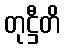
တုဋ္ဌီတိ